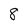
Character: 8